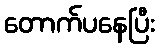
တောက်ပနေပြီး